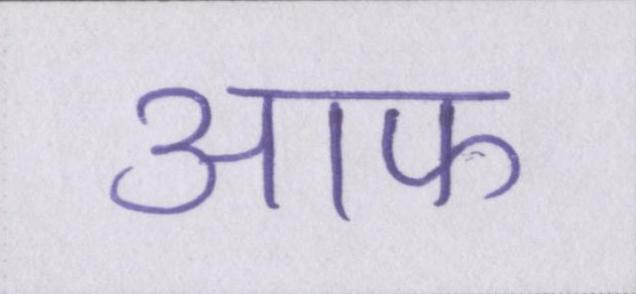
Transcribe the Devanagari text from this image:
आफ